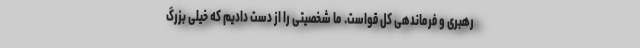
رهبری و فرماندهی کل قواست. ما شخصیتی را از دست دادیم که خیلی بزرگ